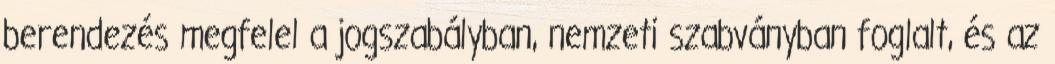
berendezés megfelel a jogszabályban, nemzeti szabványban foglalt, és az